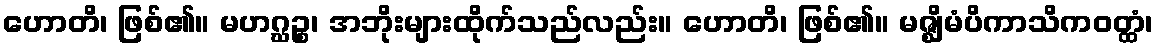
ဟောတိ၊ ဖြစ်၏။ မဟဂ္ဃဉ္စ၊ အဘိုးများထိုက်သည်လည်း။ ဟောတိ၊ ဖြစ်၏။ မဇ္ဈိမံပိကာသိကဝတ္ထံ၊